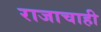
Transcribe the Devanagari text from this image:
राजाचाही